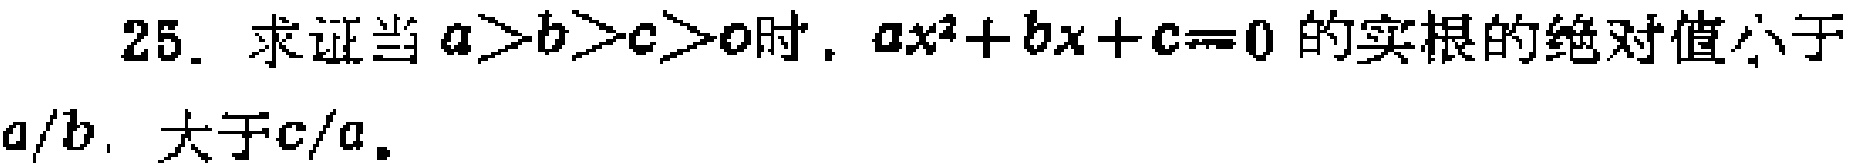
25. 求证当 \(a > b > c > 0\) 时，\(ax^{2}+bx + c = 0\) 的实根的绝对值小于 \(a/b\)，大于 \(c/a\)。